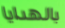
بالهدايا